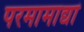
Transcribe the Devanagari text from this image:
परमामाद्यां